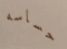
حساسه